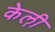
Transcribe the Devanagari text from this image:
केली़